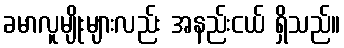
ခမာလူမျိုးများလည်း အနည်းငယ် ရှိသည်။